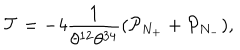
\mathcal { T } = - 4 \frac { 1 } { \theta ^ { 1 2 } \theta ^ { 3 4 } } ( \mathcal { P } _ { N _ { + } } + \mathcal { P } _ { N _ { - } } ) ,